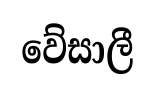
වේසාලී